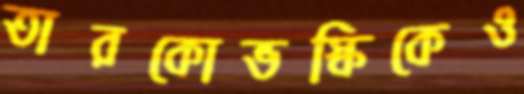
তারকোভস্কিকেও